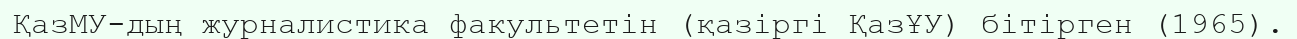
ҚазМУ-дың журналистика факультетін (қазіргі ҚазҰУ) бітірген (1965).